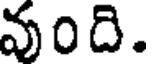
వుంది.